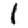
Digit: 1